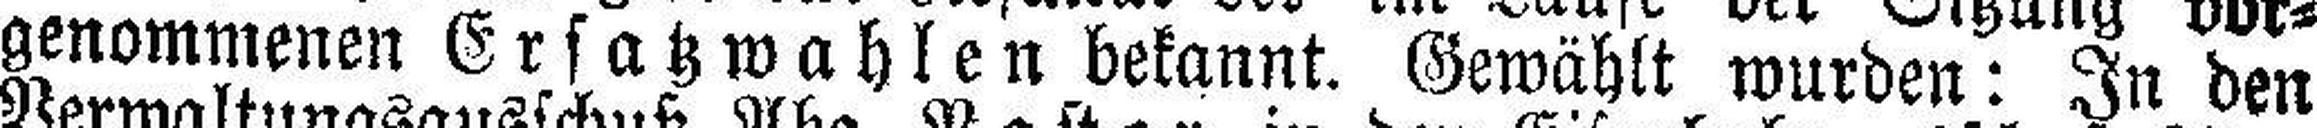
genommenen Ersatzwahlen bekannt. Gewählt wurden: In den